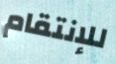
للإنتقام